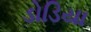
ડોડિયા